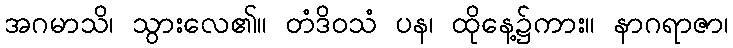
အဂမာသိ၊ သွားလေ၏။ တံဒိဝသံ ပန၊ ထိုနေ့၌ကား။ နာဂရာဇာ၊